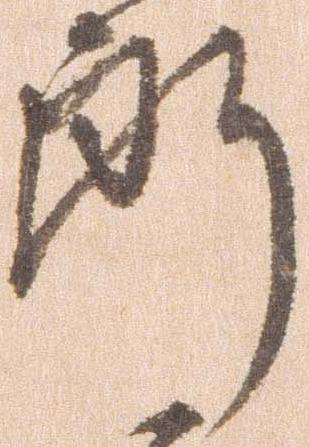
郎